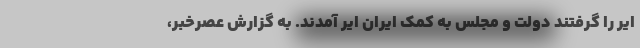
ایر را گرفتند دولت و مجلس به کمک ایران ایر آمدند. به گزارش عصرخبر،